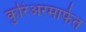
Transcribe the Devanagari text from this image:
कुरिअरमार्फत